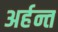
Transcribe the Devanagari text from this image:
अर्हन्त